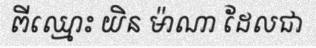
ពីឈ្មោះ យិន ម៉ាណា ដែលជា